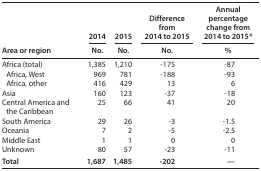
| <ROWSPAN=2> Area or region | 2014 | 2015 | Difference from 2014 to 2015 | Annual percentage change from 2014 to 2015* |
 | No. | No. | No. | % |
 | --- | --- | --- | --- | --- |
 | Africa (total) | 1,385 | 1,210 | -175 | -87 |
 | Africa, West | 969 | 781 | -188 | -93 |
 | Africa, other | 416 | 429 | 13 | 6 |
 | Asia | 160 | 123 | -37 | -18 |
 | Central America and the Caribbean | 25 | 66 | 41 | 20 |
 | South America | 29 | 26 | -3 | -1.5 |
 | Oceania | 7 | 2 | -5 | -2.5 |
 | Middle East | 1 | 1 | 0 | 0 |
 | Unknown | 80 | 57 | -23 | -11 |
 | Total | 1,687 | 1,485 | -202 | — |